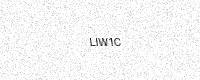
Text: LIW1C